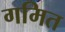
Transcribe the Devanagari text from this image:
गमित